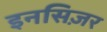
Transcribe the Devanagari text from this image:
इनसिज़र